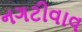
નગટીવાવ